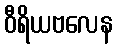
ဝီရိယဗလေန